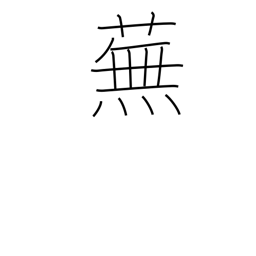
Meaning: turnip